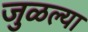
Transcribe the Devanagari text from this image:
जुळल्या